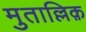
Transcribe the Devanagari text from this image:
मुताल्लिक़